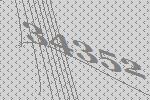
34352